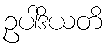
ဥပါဒိယတိ